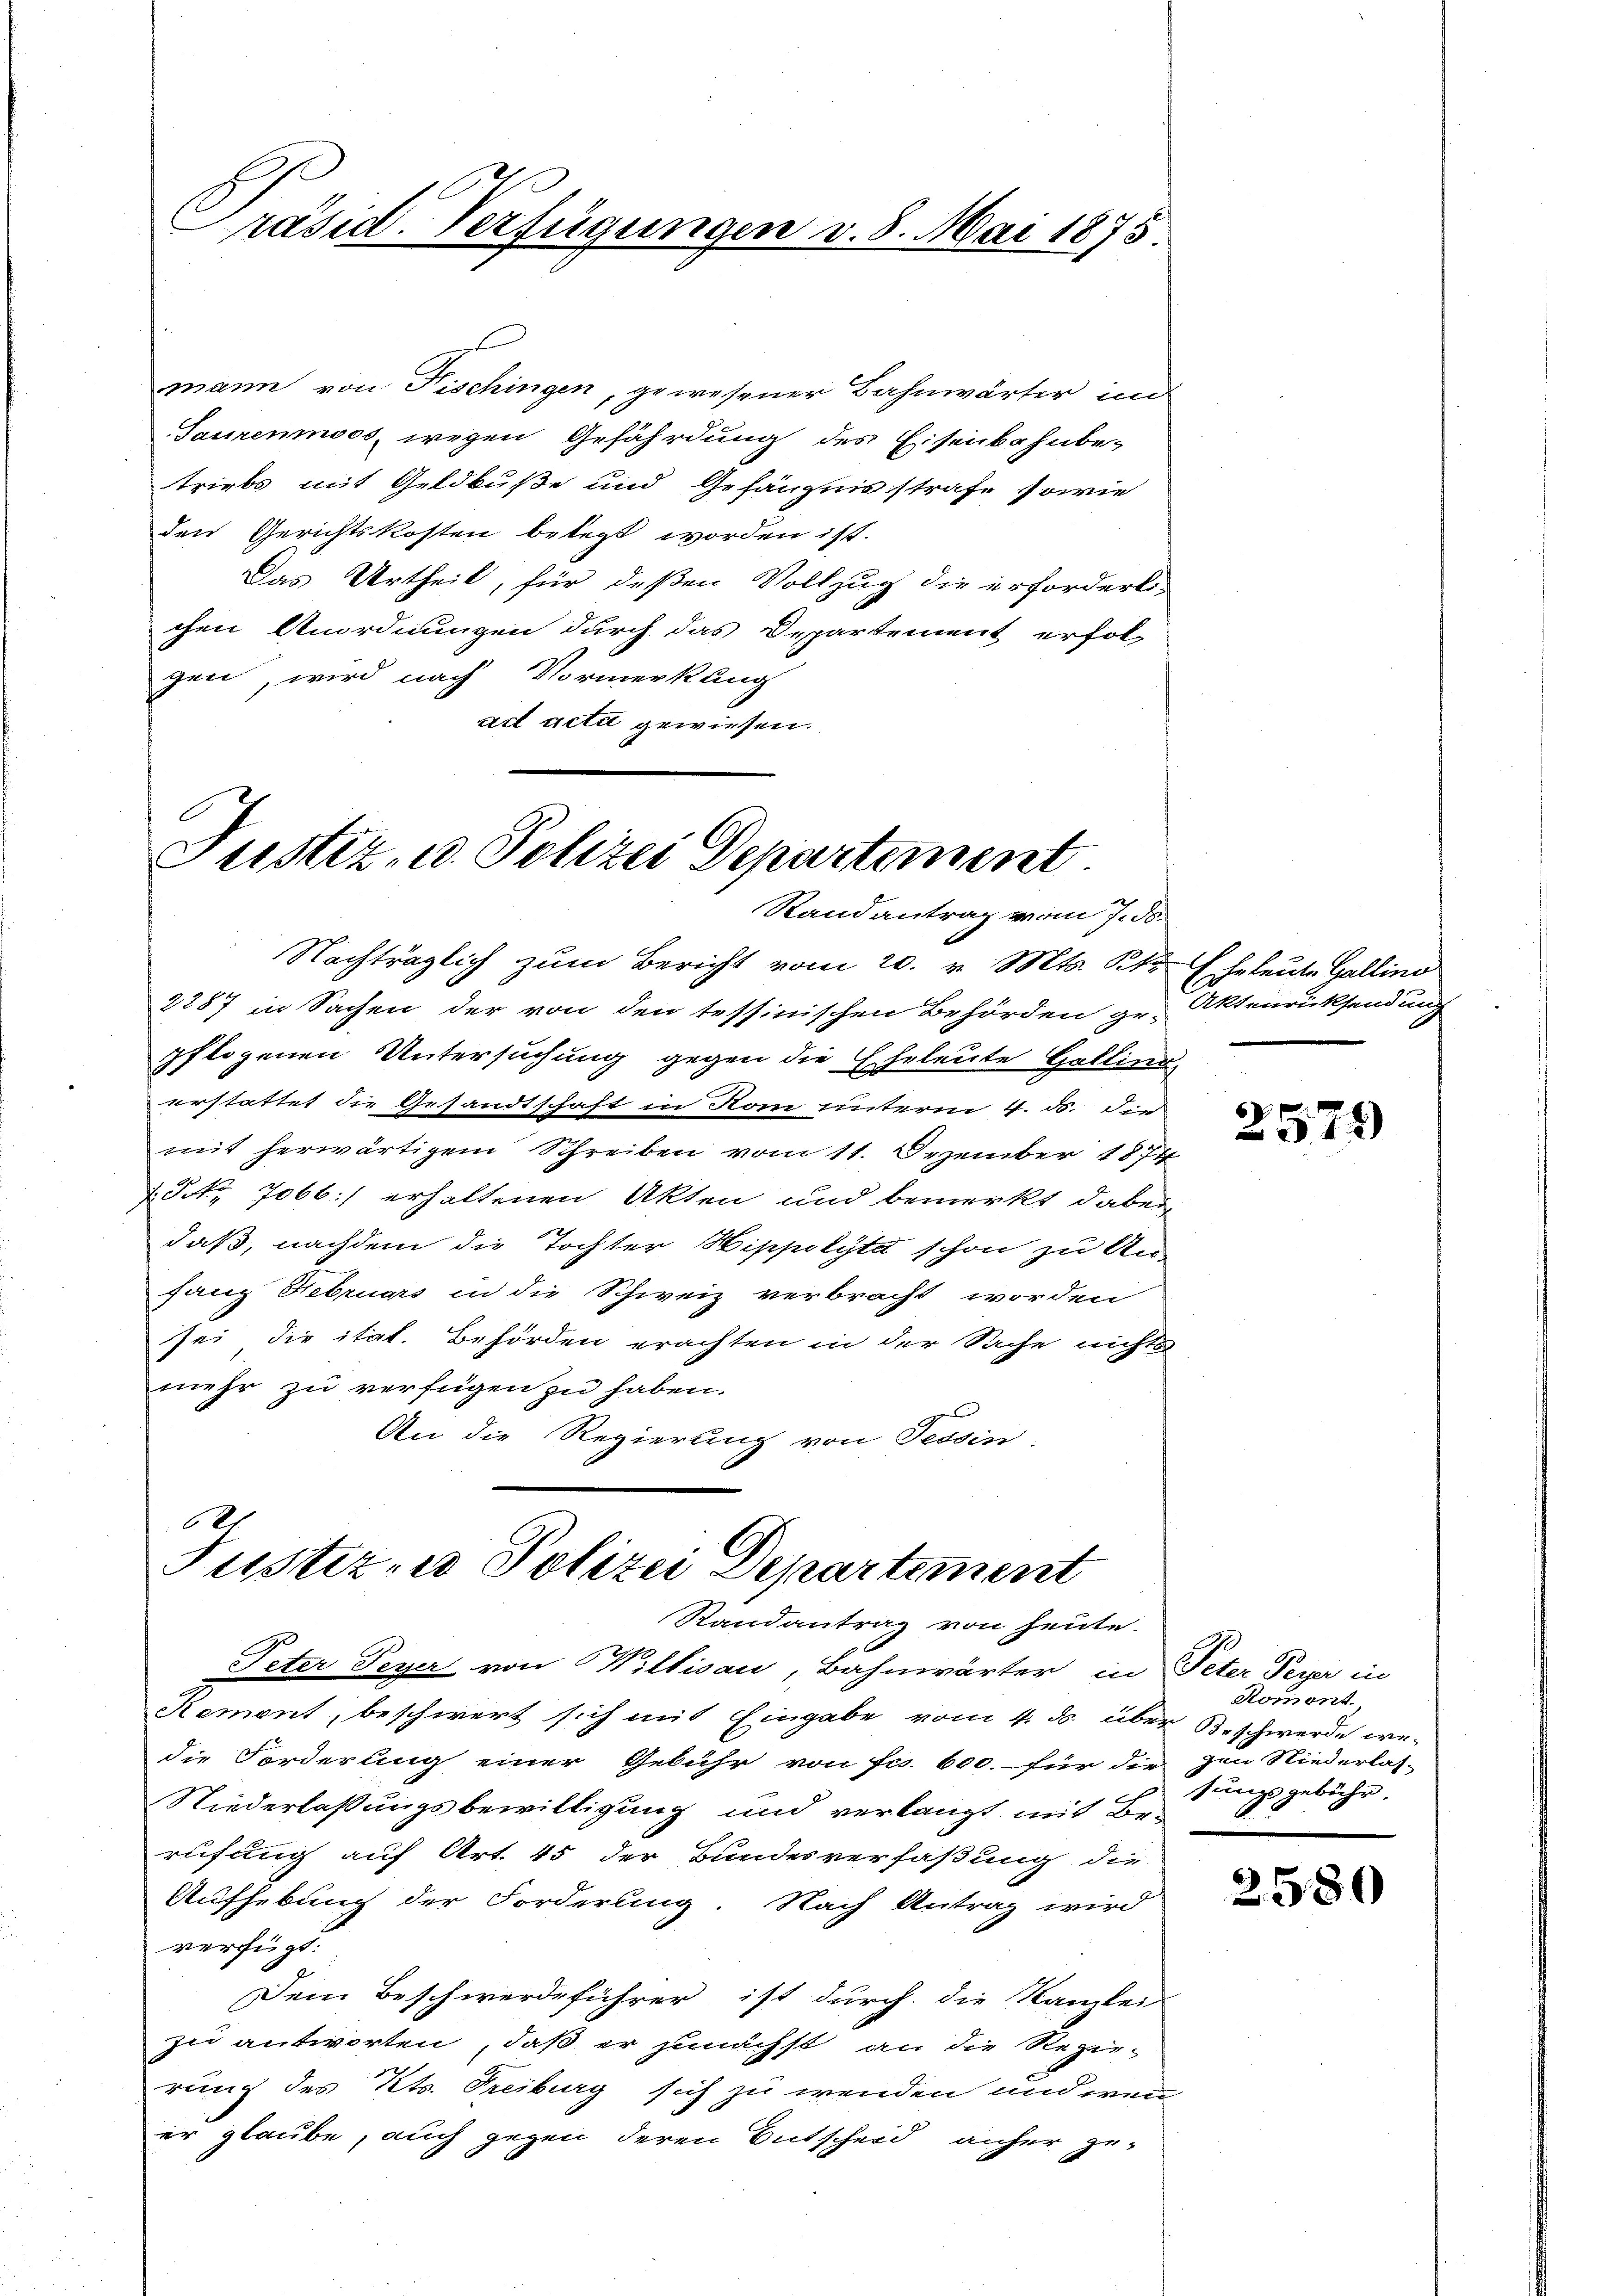
räsid. Verfügungen v. 8. Mai 1875

mann von Fischingen, gewesener Bahnwärter in
Saurenmoos, wegen Gefährdung des Eisenbahnbe-
triebs mit Geldbuße und Gefängnisstrafe sowie
den Gerichtskosten belegt worden ist.
Das Urtheil, für deßen Vollzug die erforderli-
chen Anordnungen durch das Departement erfol-
gen, wird nach Vormerkung
act acti gewiesen.

Justiz- u. Polizei Departement
Randantrag vom 7. ds.

Nachträglich zum Bericht vom 20. v. Mts. S. Eheleute Gallino
2287 in Sachen der von den tessinischen Behörden ge-Aktenrücksendung
pflogenen Untersuchung gegen die Eheleute Gallina,
erstattet die Gesandtschaft in Rom unterm 4. ds. Die
mit herwärtigem Schreiben vom 11. Dezember 1874
7. No. 7066) erhaltenen Akten und bemerkt dabei
daß, nachdem die Tochter Hippolyta schon zu An-
fang Februars in die Schweiz verbracht worden
sei die itat. Behörden erachten in der Sache nichts
mehr zu verfügen zu haben.
An die Regierung von Tessin

18
Justiz- u Polizei Departement
Randantrag von heute.

Peter Peyer von Willisau, Bahnwärter in Peter Peyer in
Remont, beschwert sich mit Eingabe vom 4. d. über Beschwerde we-
die Forderung einer Gebühr von Fr. 600. für die zu Niederlas-
Niederlaßungsbewilligung und verlangt mit Be-
rufung auf Art. 45 der Bundesverfaßung die
Aufhebung der Forderung. Nach Antrag wird
verfügt:
Dem Beschwerdeführer ist durch die Kanzlei-
zu antworten, daß er zunächst an die Regie-
rung des Kts. Freiburg sich zu wenden und eine
er glaube, auch gegen deren Entscheid anher ge¬

2579

Romont.
sungsgebühr.

2580